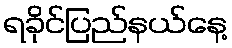
ရခိုင်ပြည်နယ်နေ့